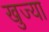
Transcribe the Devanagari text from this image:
खुज्या